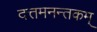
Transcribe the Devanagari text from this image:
दत्तमनन्तकम्